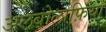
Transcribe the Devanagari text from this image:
अलबोलाफ़िया